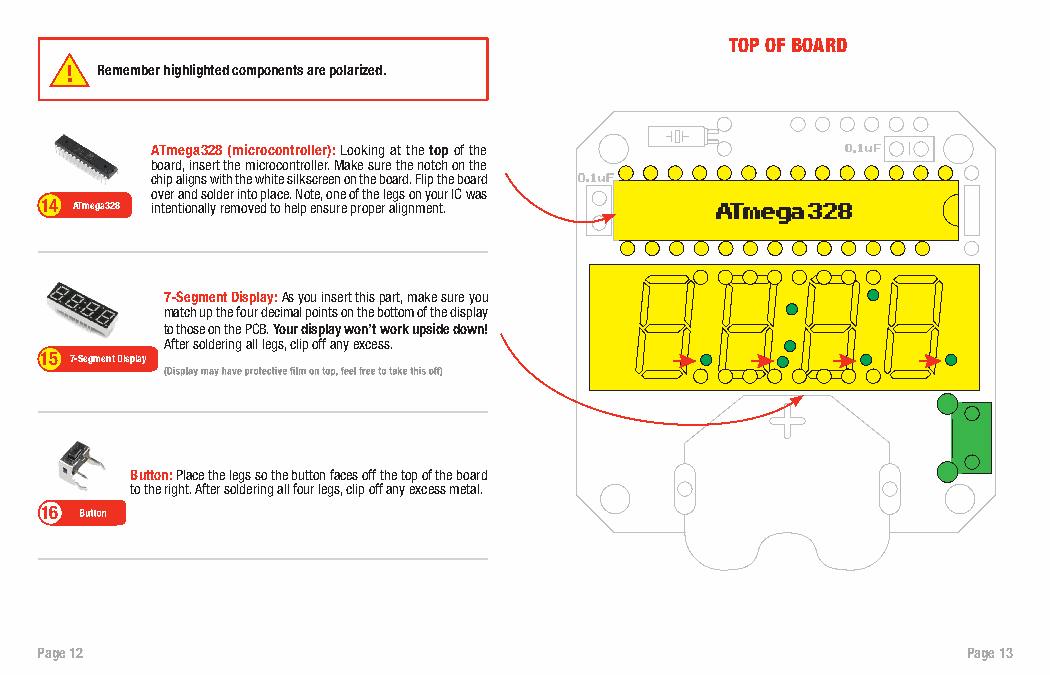
TOP OF BOARD
 Remember highlighted components are polarized.
 ATmega328 (microcontroller): Looking at the top of the
 board, insert the microcontroller. Make sure the notch on the
 chip aligns with the white silkscreen on the board. Flip the board
 over and solder into place. Note, one of the legs on your IC was
 14 ATmega328 intentionally removed to help ensure proper alignment.
 7-Segment Display: As you insert this part, make sure you
 match up the four decimal points on the bottom of the display
 to those on the PCB. Your display won’t work upside down!
 After soldering all legs, clip off any excess.
 15 7-Segment Display
 Button: Place the legs so the button faces off the top of the board
 to the right. After soldering all four legs, clip off any excess metal.
 16
 Page 12                                                       Page 13